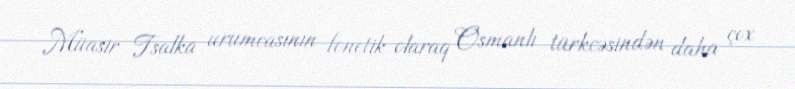
Müasir Tsalka urumcasının fonetik olaraq Osmanlı türkcəsindən daha çox